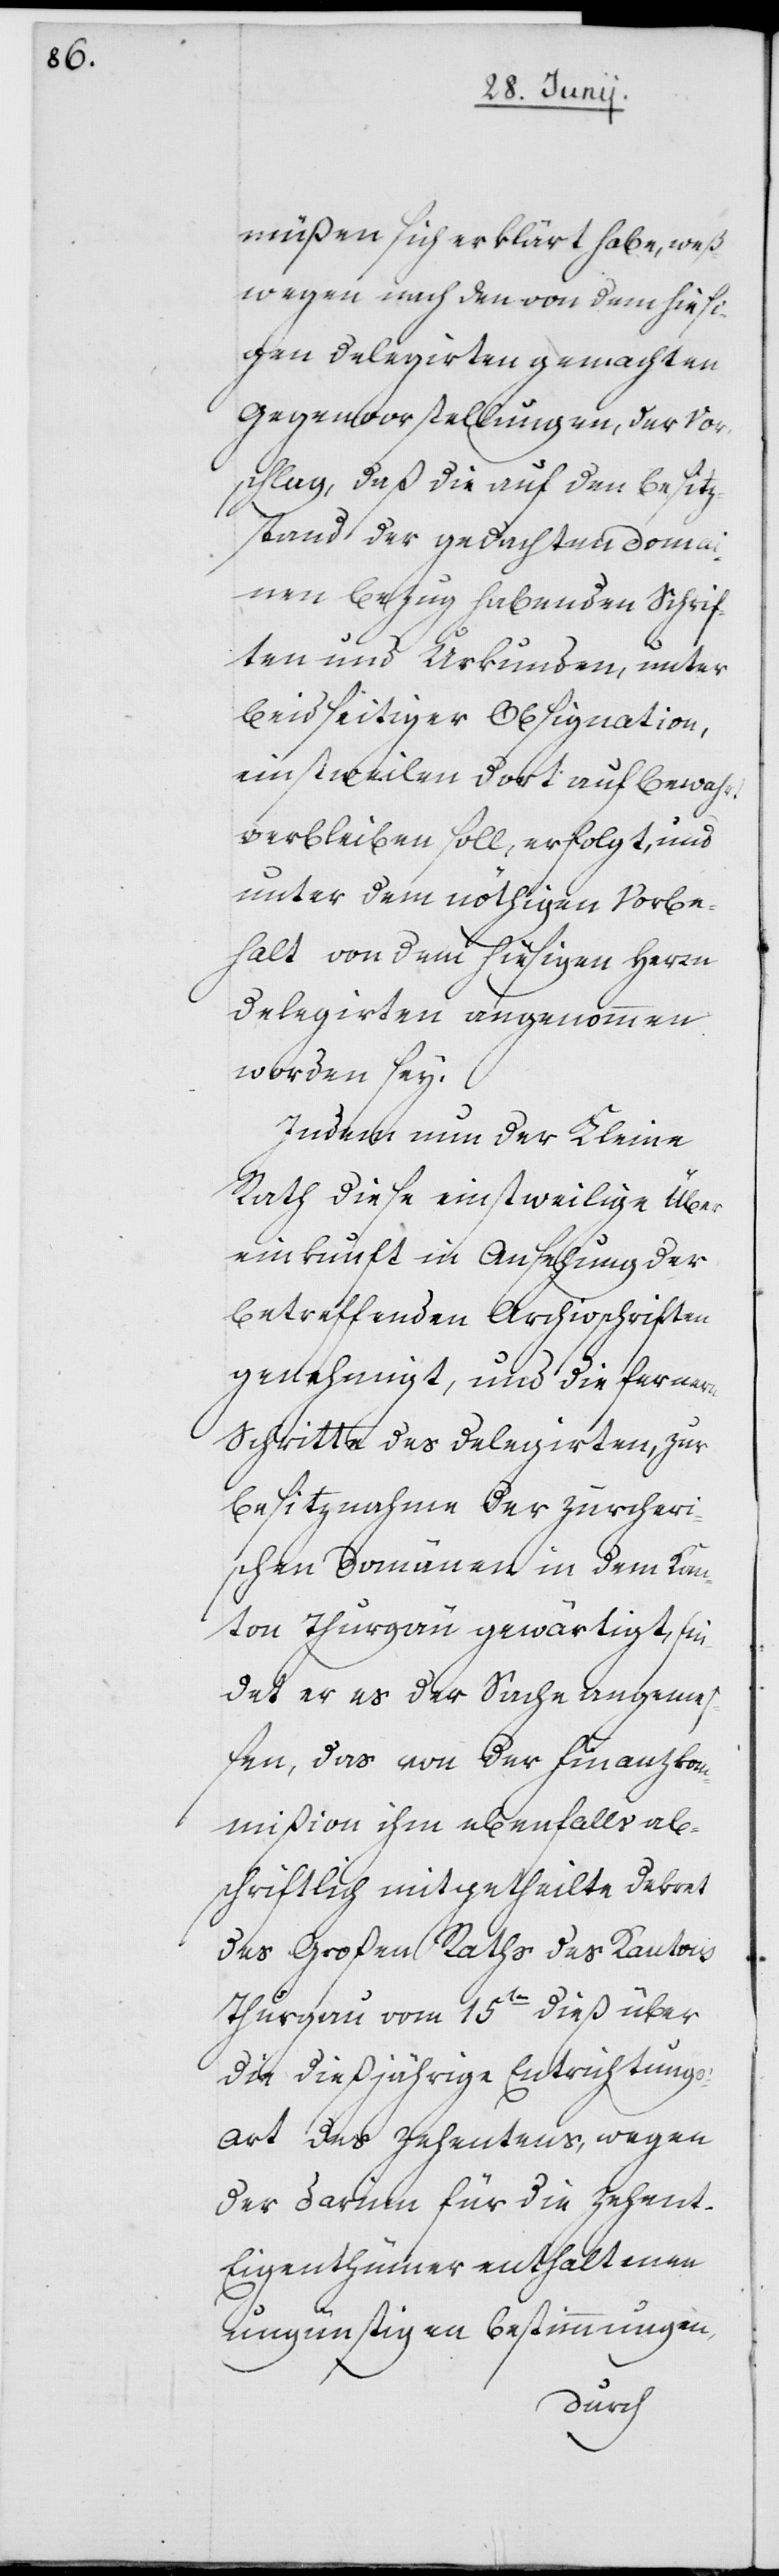
müßen, sich erklärt habe, weß¬
wegen nach den von dem hiesi¬
gen Delegierten gemachten
Gegenvorstellungen, der Vor¬
schlag, daß die auf den Besiz¬
stand der gedachten Domai¬
nen Bezug habenden Schrif¬
ten und Urkunden, unter
beidseitiger Obsignation,
einstweilen dort aufbewahrt
verbleiben soll, erfolgt, und
unter dem nöthigen Vorbe¬
halt von dem hiesigen Herrn
Delegierten angenommen
worden sey.
Indem nun der Kleine
Rath diese einstweilige Über¬
einkunft in Ansehung der
betreffenden Archivschriften
genehmigt, und die fernern
Schritte des Delegierten, zur
Besiznahme der zürcheri¬
schen Domänen in dem Kan¬
ton Thurgau gewärtigt, fin¬
det er es der Sache angeme¬
ßen, das von der Finanzko¬
mmißion ihm ebenfalls abs¬
chriftlich mitgetheilte Dekret
des Großen Raths des Kantons
Thurgau vom 15ten dieß über
die dießjährige Entrichtungs¬
art des Zehentens, wegen
der darinn für die Zehen¬
t-Eigenthümer enthaltenen
ungünstigen Bestimmungen,